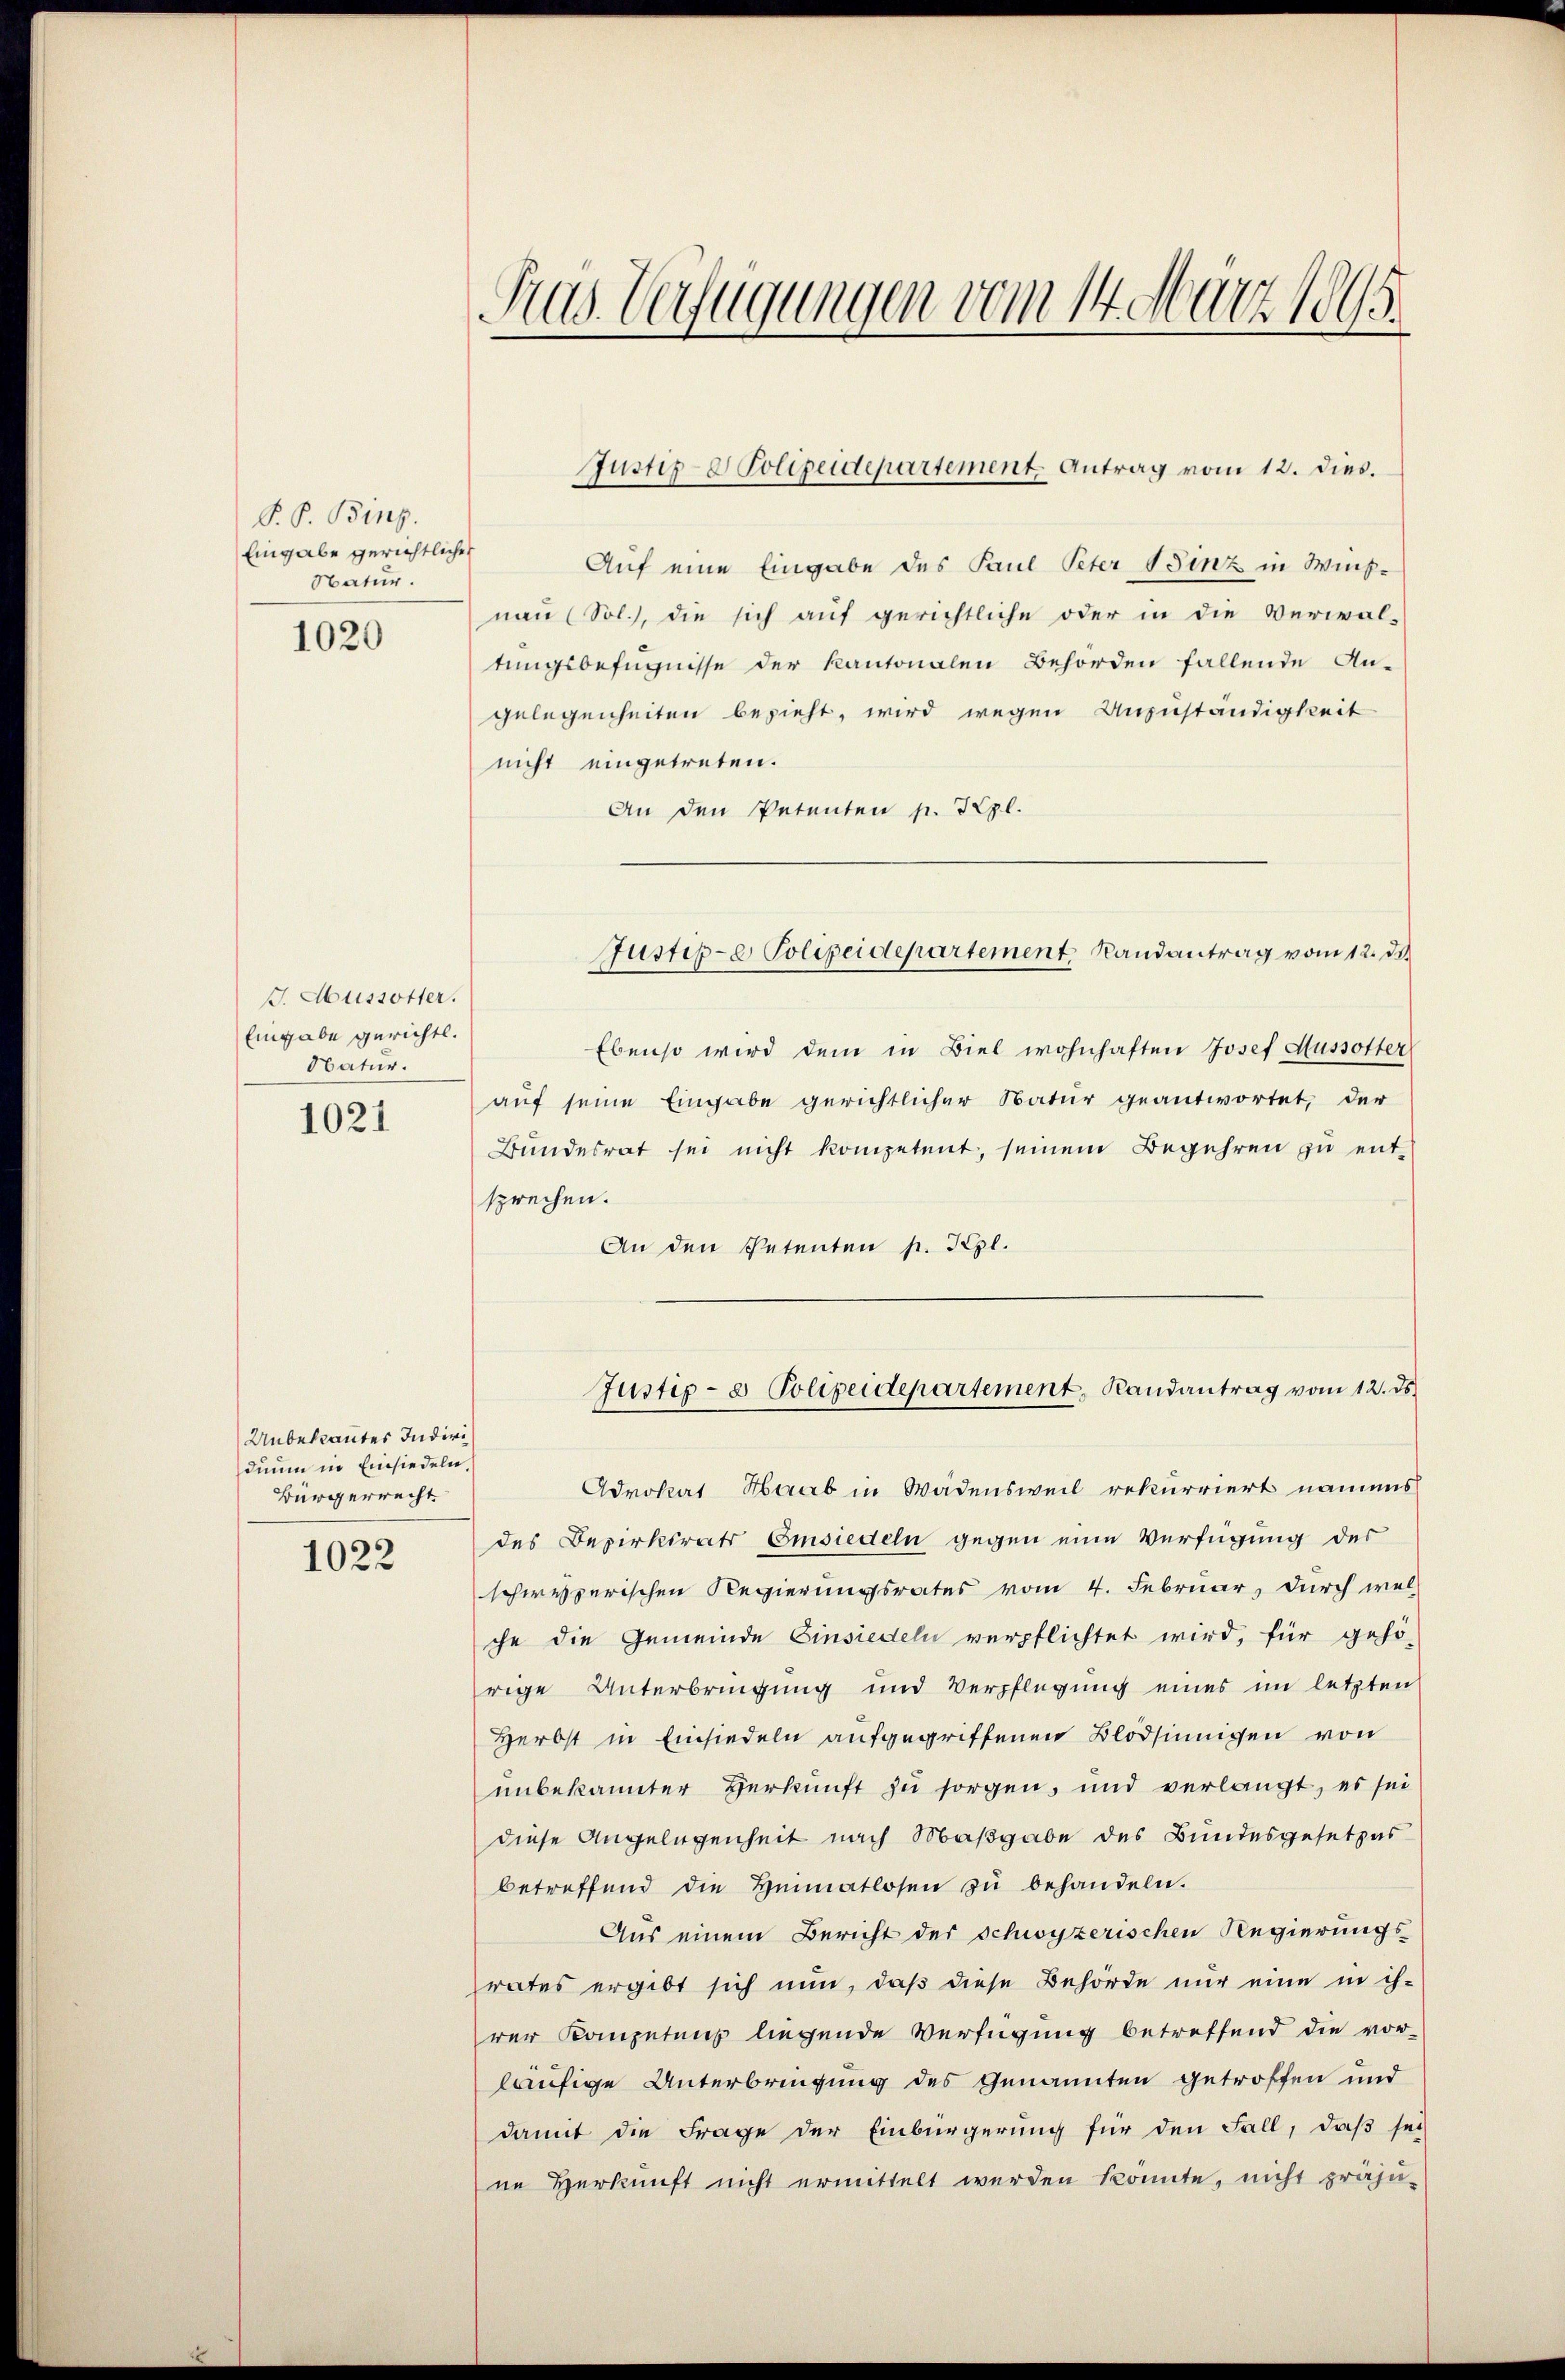
P. P. Bing.
Eingabe gerichtlichen
Natur.

1020

J. Aussötter.
Eingabe gerichtl.
Natur.

1021

Unbekanntes Indivi
dium in Einsiedeln,
Bürgerrecht

1022

Auf eine Eingabe des Paul Peter Binz in Wisnau (Sol.), die sich auf gerichtliche oder in die Verwal-
tungsbefugnisse der Kantonalen Behörden fallende An-
gelegenheiten bezieht, wird wegen Anzuständigkeit
nicht eingetreten.
An den Petenten p. Kzl.
Ebenso wird dem in Biel wohnhaften Josef Aussotter
auf seine Eingabe gerichtlicher Natur geantwortet, der
Bundesrat sei nicht kompetent, seinem Begehren zu entsprechen.
An den Petenten p. Kgl.
Justiz- & Polizeidepartement, Randantrag vom 12. ds.
Advokat Haab in Wädensweil rekurriert namens
des Bezirksrats Einsiedeln gegen eine Verfügung des
schweizerischen Regierungsrates vom 4. Februar, durch wel
che die Gemeinde Einsiedeln verpflichtet wird, für gehö-
rige Unterbringung und Verpflegung eines im letzten
Herbst in Einsiedeln aufgegriffenen Blödsinnigen von
unbekannter Herkunft zu sorgen, und verlangt, es sei
diese Angelegenheit nach Maßgabe des Bundesgesetzes
betreffend die Heimatlosen zŭ behandeln.
Aus einem Bericht der Schwyzerischen Regierungs-
rates ergibt sich nun, daß diese Behörde nur eine in ih-
rer Kompetens liegende Verfügung betreffend die vor-
läufige Unterbringung des Genannten getroffen und
damit die Frage der Einbürgerung für den Fall, daß sei
ne Herkunft nicht ermittelt werden könnte, nicht präju-

Sus. Verfügungen vom 14. März 1895.

Justiz- & Polizeidepartement. Antrag vom 12. dies.

Justige Polizeidepartement Randantrag vom 12. de